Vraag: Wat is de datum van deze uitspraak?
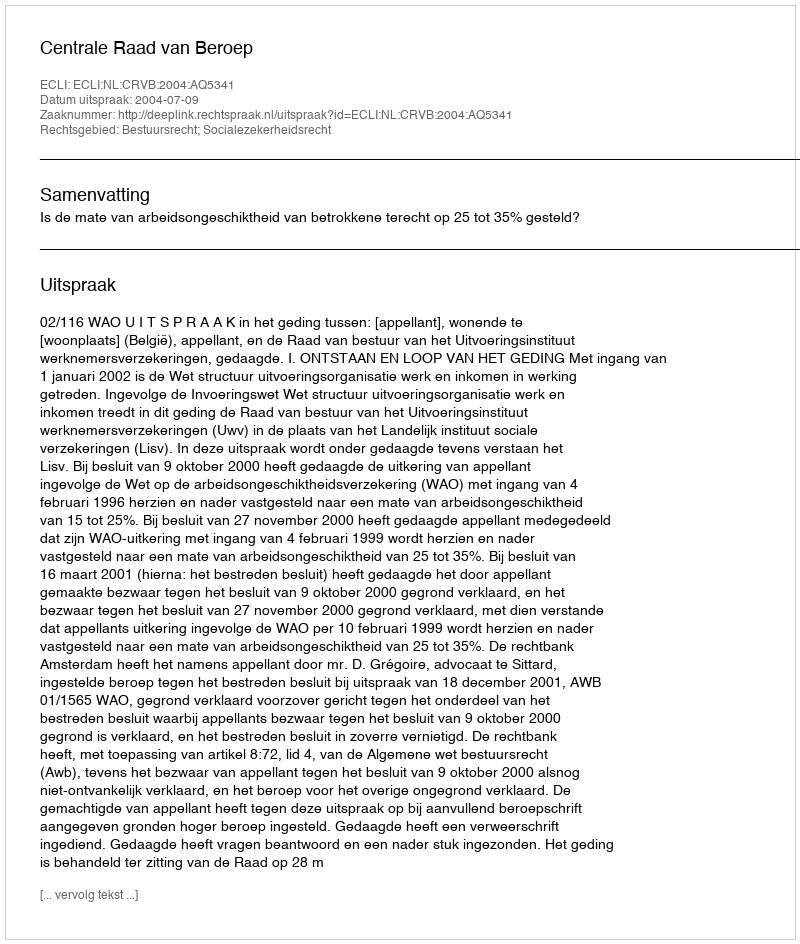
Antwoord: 2004-07-09